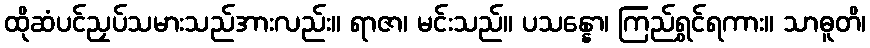
ထိုဆံပင်ညှပ်သမားသည်အားလည်း။ ရာဇာ၊ မင်းသည်။ ပသန္နော၊ ကြည်ရွှင်ရကား။ သာဓူတိ၊